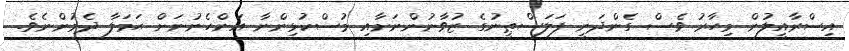
އިސްރާއީލުން މިހާރު ވެސް ގެންދަނީ ފަލަސްޠީނުގެ ޒުވާނުންނަށާއި މުސްކުޅިންނާ އަންހެނުނަށް ޙަމަލާ ދެމުންނެވެ.